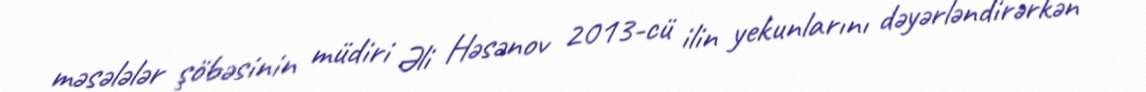
məsələlər şöbəsinin müdiri Əli Həsənov 2013-cü ilin yekunlarını dəyərləndirərkən